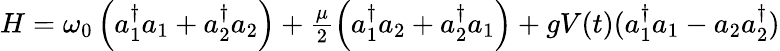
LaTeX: \begin{array}{r}{H=\omega_{0}\left(a_{1}^{\dagger}a_{1}+a_{2}^{\dagger}a_{2}\right)+\frac{\mu}{2}\left(a_{1}^{\dagger}a_{2}+a_{2}^{\dagger}a_{1}\right)+gV(t)(a_{1}^{\dagger}a_{1}-a_{2}a_{2}^{\dagger})}\end{array}